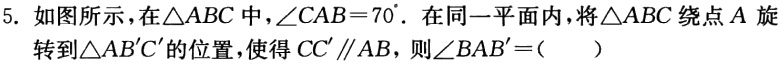
5. 如图所示，在$\triangle ABC$中，$\angle CAB = 70^{\circ}$. 在同一平面内，将$\triangle ABC$绕点$A$旋转到$\triangle AB'C'$的位置，使得$CC'\parallel AB$，则$\angle BAB' = ($  ）